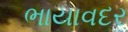
ભાયાવદર